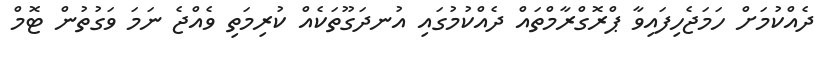
ދެއްކުމަށް ހަމަޖެހިފައިވާ ޕްރޮގްރާމްތައް ދެއްކުމުގައި އުނދަގޫތަކެއް ކުރިމަތި ވެއްޖެ ނަމަ ވަގުތުން ޓޮމް